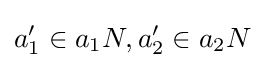
a_{1}'\in a_{1}N,a_{2}'\in a_{2}N